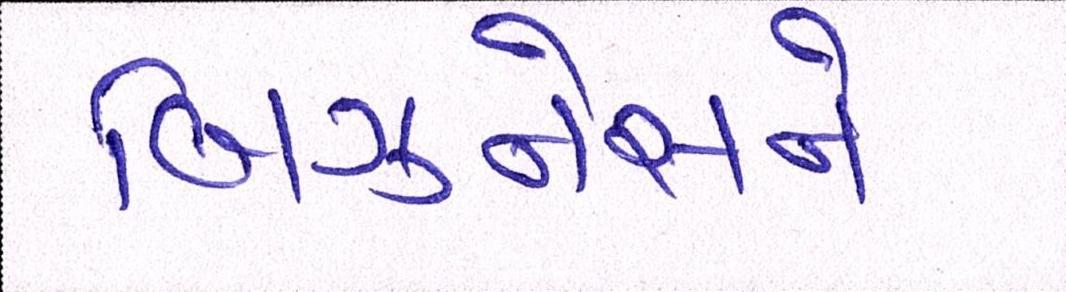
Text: બિઝનેસને